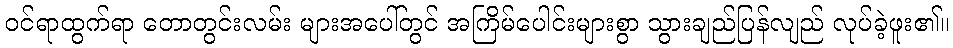
ဝင်ရာထွက်ရာ တောတွင်းလမ်း များအပေါ်တွင် အကြိမ်ပေါင်းများစွာ သွားချည်ပြန်လျည် လုပ်ခဲ့ဖူး၏။